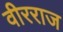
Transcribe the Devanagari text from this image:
वीरराज